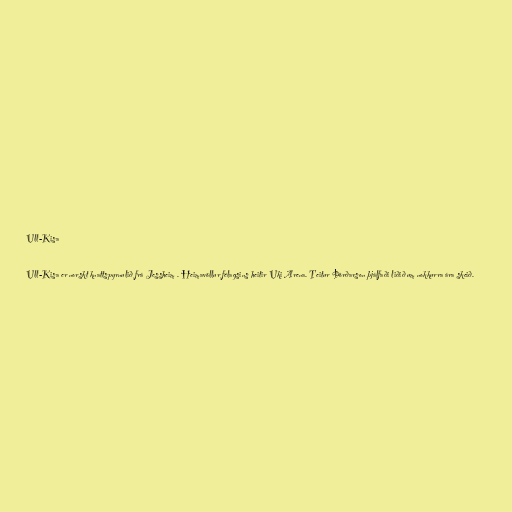
Ull-Kisa

Ull-Kisa er norskt knattspyrnulið frá Jessheim . Heimavöllur félagsins heitir Uki Arena. Teitur Þórðarson þjálfaði liðið um nokkurra ára skeið.